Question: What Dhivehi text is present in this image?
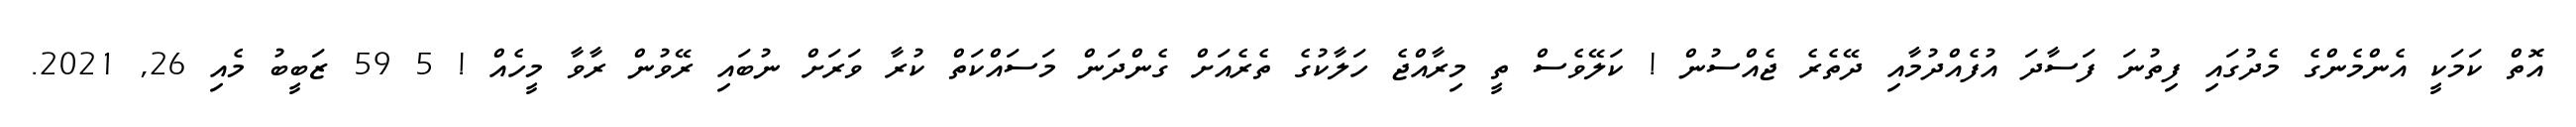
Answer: އޮތް ކަމަކީ އެންމެންގެ މެދުގައި ފިތުނަ ފަސާދަ އުފެއްދުމާއި ދޭތެރެ ޖެއްސުން ! ކަލޭވެސް ތީ މިރާއްޖެ ހަލާކުގެ ތެރެއަށް ގެންދަން މަސައްކަތް ކުރާ ވަރަށް ނުބައި ރޭވުން ރާވާ މީހެއް ! 5 59 ޒަބީބު މެއި 26, 2021.